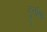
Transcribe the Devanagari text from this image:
दुर्वाषा